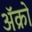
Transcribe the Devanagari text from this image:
अॅक्रो